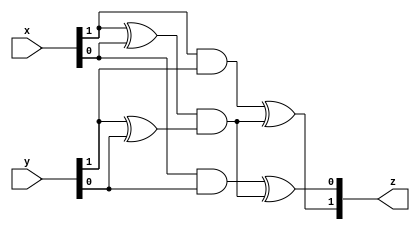
// SPDX-FileCopyrightText: SIMPLE-Crypto Contributors <info@simple-crypto.dev>
// SPDX-License-Identifier: CERN-OHL-P-2.0
// Copyright SIMPLE-Crypto Contributors.
// This source describes Open Hardware and is licensed under the CERN-OHL-P v2.
// You may redistribute and modify this source and make products using it under
// the terms of the CERN-OHL-P v2 (https://ohwr.org/cern_ohl_p_v2.txt).
// This source is distributed WITHOUT ANY EXPRESS OR IMPLIED WARRANTY, INCLUDING
// OF MERCHANTABILITY, SATISFACTORY QUALITY AND FITNESS FOR A PARTICULAR PURPOSE.
// Please see the CERN-OHL-P v2 for applicable conditions.

// multiplication in GF(2^2) using normal basis (Omega^2, Omega)
module G4_mul(input wire [1:0] x, input wire [1:0] y, output wire [1:0] z);
    wire a, b, c, d, e;
    assign a = x[1];
    assign b = x[0];
    assign c = y[1];
    assign d = y[0];
    assign e = (a ^ b) & (c ^ d);
    assign z[1] = (a & c) ^ e;
    assign z[0] = (b & d) ^ e;
endmodule